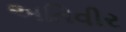
અતિવીર